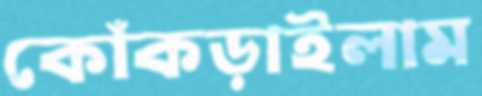
কোঁকড়াইলাম